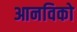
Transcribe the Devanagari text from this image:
आनविको